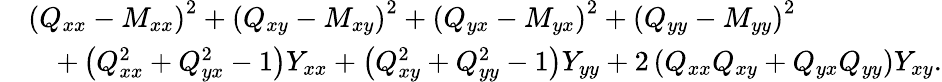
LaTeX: {\begin{array}{rl}&{\left(Q_{xx}-M_{xx}\right)^{2}+\left(Q_{xy}-M_{xy}\right)^{2}+\left(Q_{yx}-M_{yx}\right)^{2}+\left(Q_{yy}-M_{yy}\right)^{2}}\\ &{\quad+\left(Q_{xx}^{2}+Q_{yx}^{2}-1\right)Y_{xx}+\left(Q_{xy}^{2}+Q_{yy}^{2}-1\right)Y_{yy}+2\left(Q_{xx}Q_{xy}+Q_{yx}Q_{yy}\right)Y_{xy}.}\end{array}}